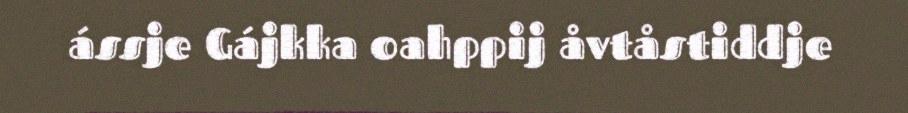
ássje Gájkka oahppij åvtåstiddje